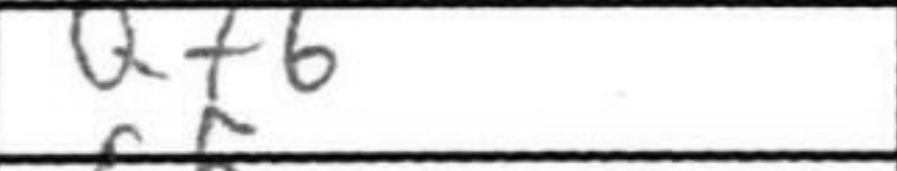
Transcription: Qf6